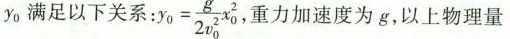
y。满足以下关系：$$y_{0}= \frac{g}{2v_{0}^{2}}x_{0}^{2}$$ ，重力加速度为g，以上物理量